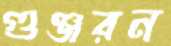
গুঞ্জরন